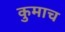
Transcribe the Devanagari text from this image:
कुमाच